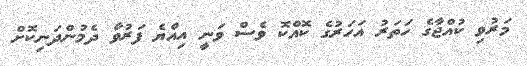
މަރުވި ކުއްޖާގެ ހަތަރު އަހަރުގެ ކޮއްކޮ ވެސް ވަނީ އިއްޔެ ފަރުވާ ދެމުންދަނިކޮށް